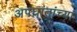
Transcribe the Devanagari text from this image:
अपघातांच्या